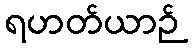
ရဟတ်ယာဉ်